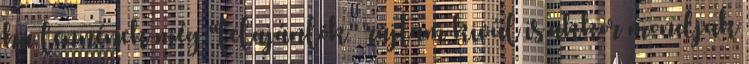
ha lennének még "felajánlók" rajtam kivűl is akkor mondjuk